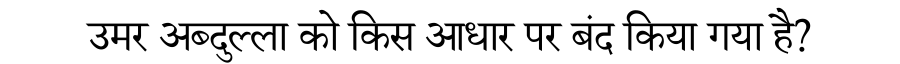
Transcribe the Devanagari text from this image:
उमर अब्दुल्ला को किस आधार पर बंद किया गया है?